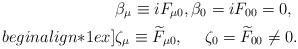
LaTeX: \begin{align*}&\beta_{\mu}\equiv iF_{\mu 0},\beta_{0} = iF_{00} = 0,\\begin{align*}1ex]&\zeta_{\mu}\equiv \widetilde{F}_{\mu 0},\quad\;\zeta_{0} = \widetilde{F}_{00} \neq 0.\end{align*}